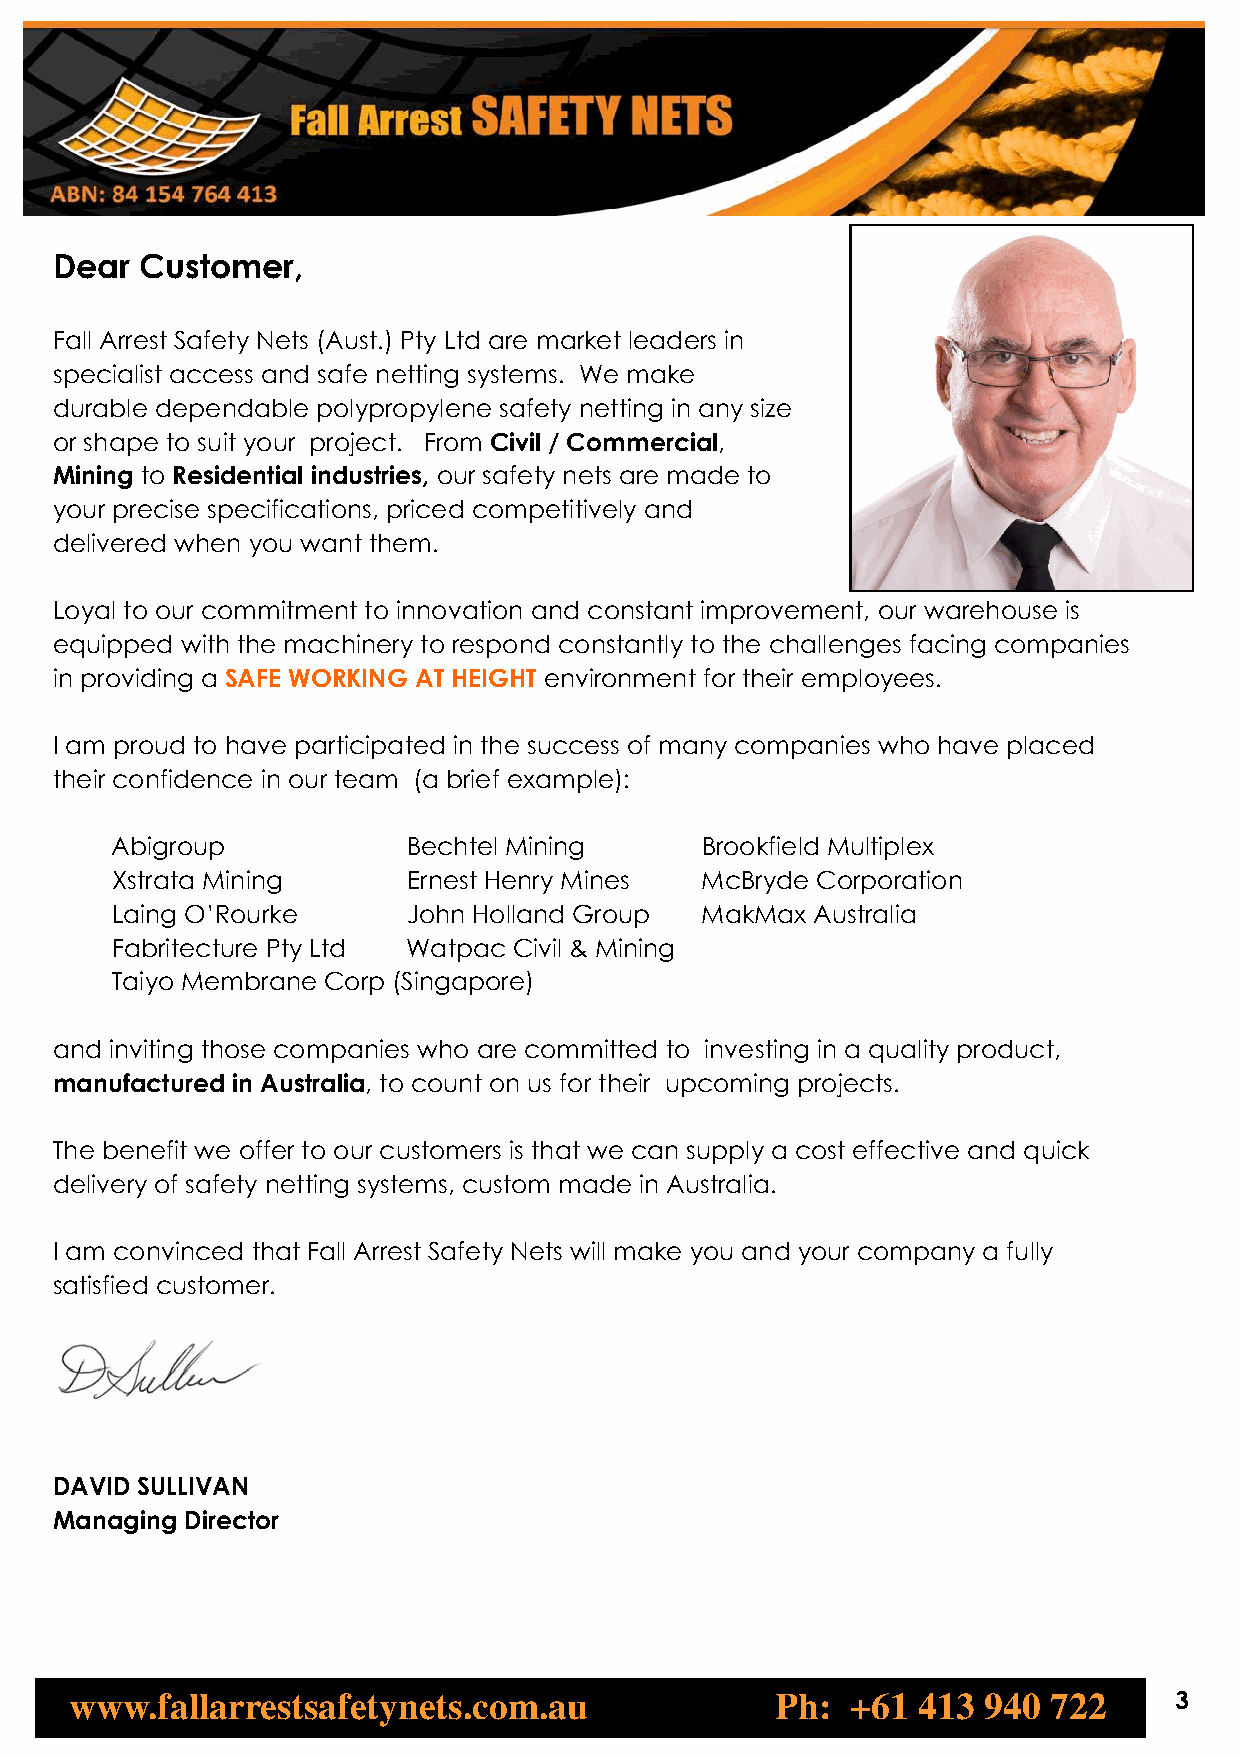
Dear  Customer,
 Fall Arrest Safety Nets (Aust.) Pty Ltd are market leaders in
 specialist access and safe netting systems. We make
 durable dependable polypropylene safety netting in any size
 or shape to suit your project. From Civil / Commercial,
 Mining to Residential industries, our safety nets are made to
 your precise specifications, priced competitively and
 delivered when you want them.
 Loyal to our commitment to innovation and constant improvement, our warehouse is
 equipped with the machinery to respond constantly to the challenges facing companies
 in providing a SAFE WORKING AT HEIGHT environment for their employees.
 I am proud to have participated in the success of many companies who have placed
 their confidence in our team (a brief example):
 Abigroup            Bechtel Mining     Brookfield Multiplex
 Xstrata Mining      Ernest Henry Mines McBryde Corporation
 Laing O’Rourke      John Holland Group MakMax  Australia
 Fabritecture Pty Ltd Watpac Civil & Mining
 Taiyo Membrane Corp (Singapore)
 and inviting those companies who are committed to investing in a quality product,
 manufactured in Australia, to count on us for their upcoming projects.
 The benefit we offer to our customers is that we can supply a cost effective and quick
 delivery of safety netting systems, custom made in Australia.
 I am convinced that Fall Arrest Safety Nets will make you and your company a fully
 satisfied customer.
 DAVID SULLIVAN
 Managing Director
 www.fallarrestsafetynets.com.au               Ph:  +61  413 940  722     3